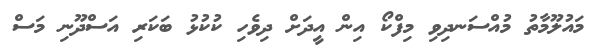
މައުލޫމާތު މުއްސަނދިވި މިފްކޯ އިން އީދަށް ދިވެހި ކުކުޅު ބަކަރި އަސްދޫނި މަސް